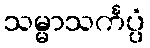
သမ္မာသင်္ကပ္ပံ